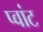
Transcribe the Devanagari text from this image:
प्वांट